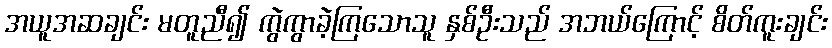
အယူအဆချင်း မတူညီ၍ ကွဲကွာခဲ့ကြသောသူ နှစ်ဦးသည် အဘယ်ကြောင့် စိတ်ကူးချင်း